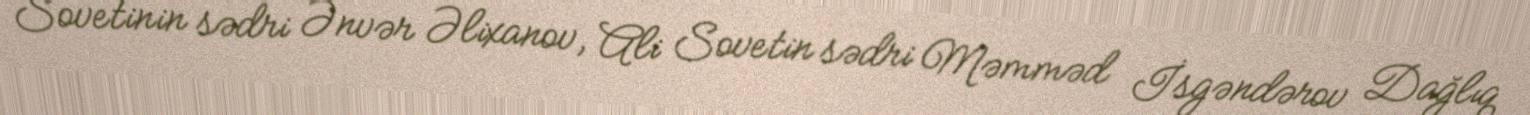
Sovetinin sədri Ənvər Əlixanov, Ali Sovetin sədri Məmməd İsgəndərov Dağlıq